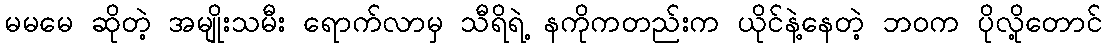
မမမေ ဆိုတဲ့ အမျိုးသမီး ရောက်လာမှ သီရိရဲ့ နကိုကတည်းက ယိုင်နဲ့နေတဲ့ ဘ၀က ပိုလို့တောင်